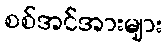
စစ်အင်အားများ